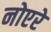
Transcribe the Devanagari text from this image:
नोएरे